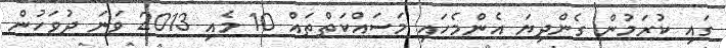
ގައި ކުރަމުން ގެންދިޔަ އެންމެހައި މަސައްކަތްތައް 10 މެއި 2013 ވަނަ ދުވަހުން